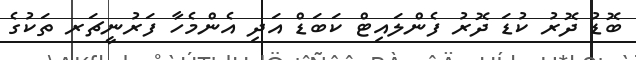
ބޮޑު ދޮރު ކުޑަ ދޮރު ފެންލައިޓް ކަބަޑް އަދި އެންމެހާ ފަރުނީޗަރ ތަކުގެ